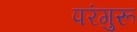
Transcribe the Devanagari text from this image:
परंगुरू